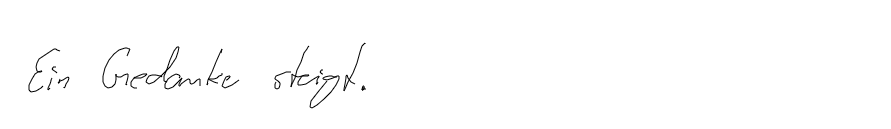
Ein Gedanke steigt.